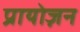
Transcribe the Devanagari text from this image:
प्रायोज़न